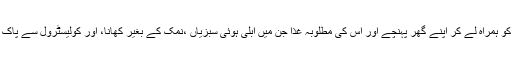
ڈاکٹر بشیر سیفی کو معلوم ہوا تو فوری طور پر اس طالب علم کو ہمراہ لے کر اپنے گھر پہنچے اور اس کی مطلوبہ غذا جن میں ابلی ہوئی سبزیاں ،نمک کے بغیر کھانا، اور کولیسٹرول سے پاک تیل میں پکی ہوئی اشیا شامل تھیں ان کی فراہمی کو یقینی بنایا۔